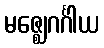
မဇ္ဈေဂင်္ဂါယ